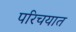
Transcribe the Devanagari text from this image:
परिचयात